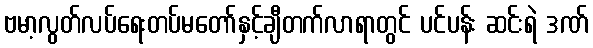
ဗမာ့လွတ်လပ်ရေးတပ်မတော်နှင့်ချီတက်လာရာတွင် ပင်ပန်း ဆင်းရဲ ဒဏ်